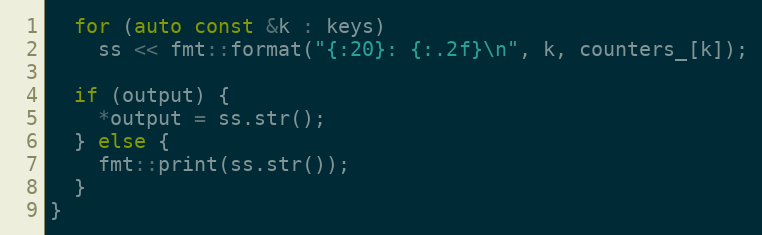
Language: C++
  for (auto const &k : keys)
    ss << fmt::format("{:20}: {:.2f}\n", k, counters_[k]);

  if (output) {
    *output = ss.str();
  } else {
    fmt::print(ss.str());
  }
}